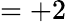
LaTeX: =+2